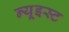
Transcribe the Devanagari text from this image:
न्यूइस्ट